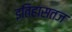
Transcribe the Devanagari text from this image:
इतिहासतज